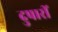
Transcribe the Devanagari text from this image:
दुपारीं